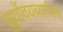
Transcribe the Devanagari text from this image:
सूर्योदयव्यापिनी